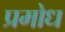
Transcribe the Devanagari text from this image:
प्रमोध